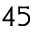
4 5